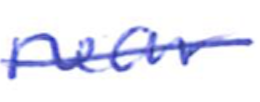
Text: near
Cross-out: single-line
Writing tool: ballpoint